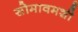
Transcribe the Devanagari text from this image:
सोमावमशी